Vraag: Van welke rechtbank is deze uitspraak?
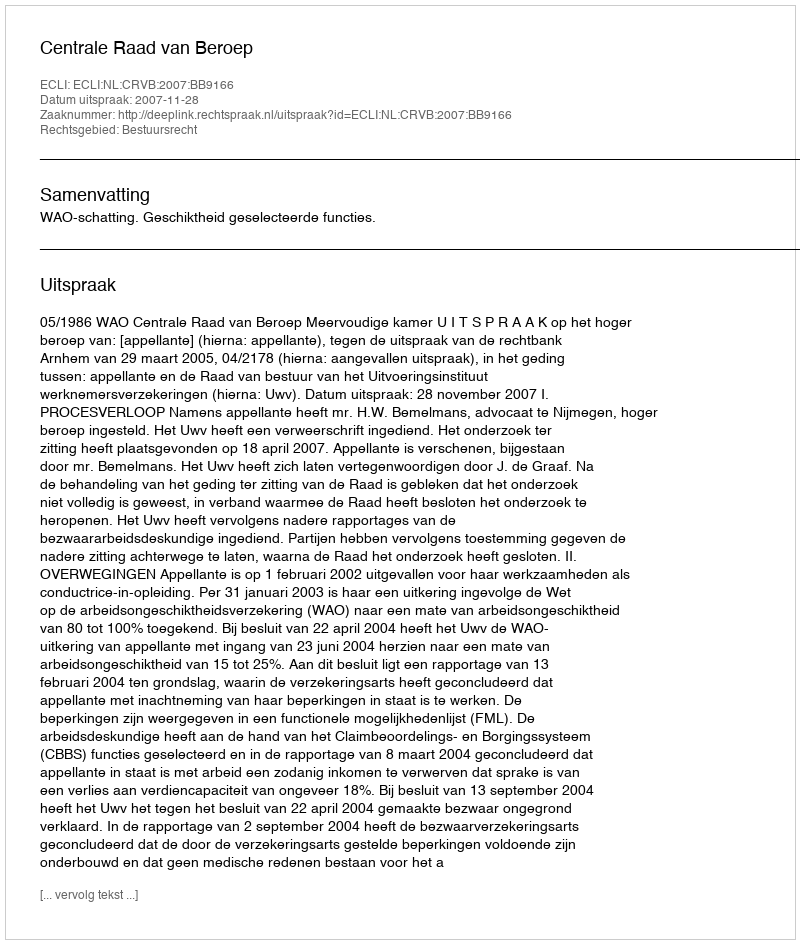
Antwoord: Centrale Raad van Beroep